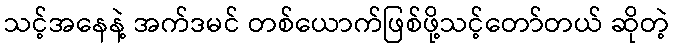
သင့်အနေနဲ့ အက်ဒမင် တစ်ယောက်ဖြစ်ဖို့သင့်တော်တယ် ဆိုတဲ့